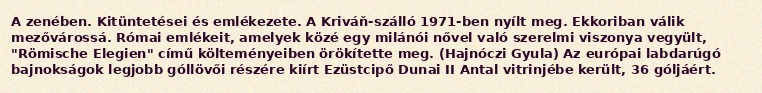
A zenében. Kitüntetései és emlékezete. A Kriváň-szálló 1971-ben nyílt meg. Ekkoriban válik mezővárossá. Római emlékeit, amelyek közé egy milánói nővel való szerelmi viszonya vegyült, "Römische Elegien" című költeményeiben örökítette meg. (Hajnóczi Gyula) Az európai labdarúgó bajnokságok legjobb góllövői részére kiírt Ezüstcipő Dunai II Antal vitrinjébe került, 36 góljáért.